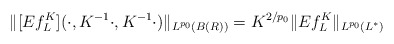
\begin{align*}\| [Ef_L^K](\cdot,K^{-1}\cdot, K^{-1}\cdot) \|_{L^{p_0}(B(R))} = K^{2/p_0}\| Ef_L^K \|_{L^{p_0}(L^*)} \end{align*}